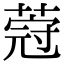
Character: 𦵤